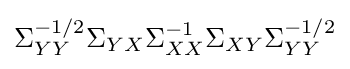
\Sigma _{YY}^{-1/2}\Sigma _{YX}\Sigma _{XX}^{-1}\Sigma _{XY}\Sigma _{YY}^{-1/2}